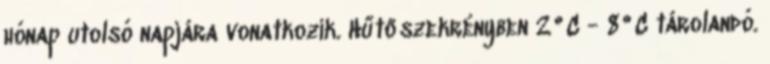
hónap utolsó napjára vonatkozik. Hűtőszekrényben 2°C - 8°C tárolandó.